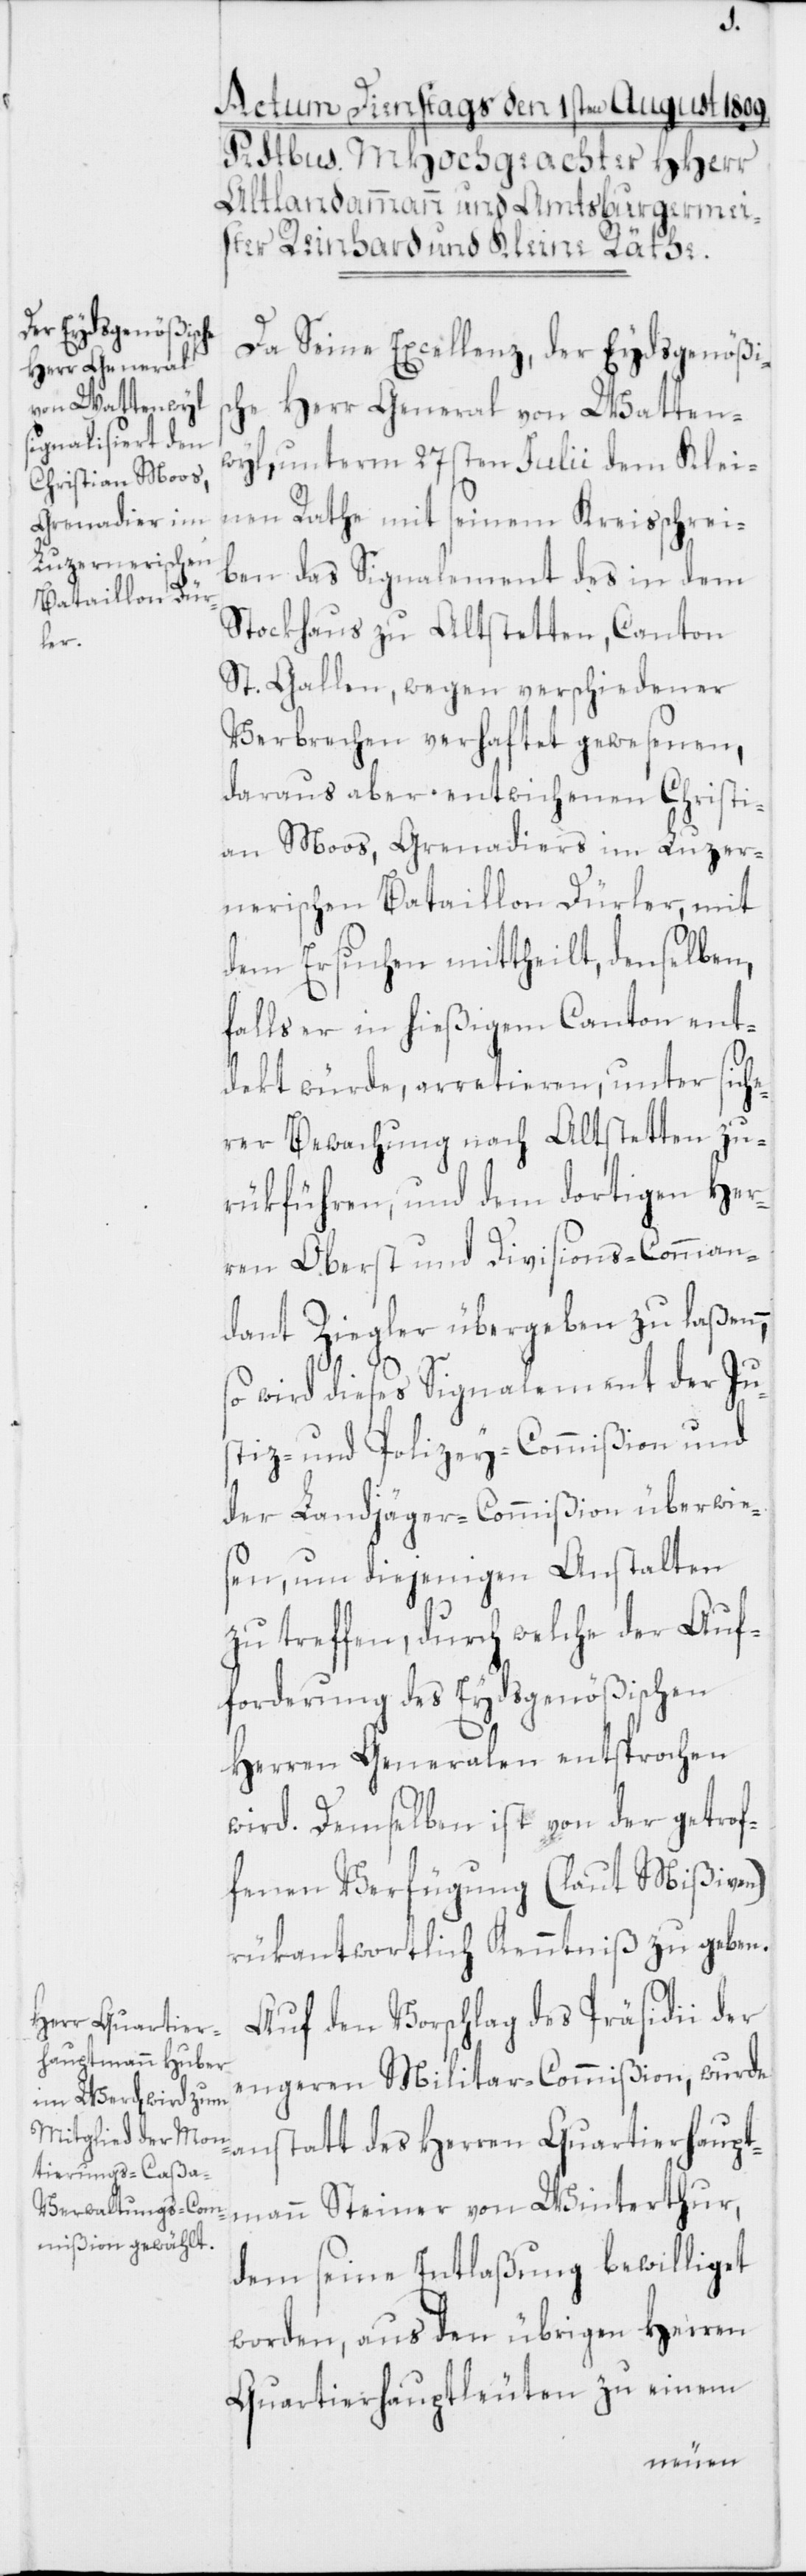
Da Seine Excellenz, der Eydsgenößis¬
che Herr General von Watten¬
wyl, unterm 27sten Julii dem Klei¬
nen Rathe mit seinem Kreisschrei¬
ben das Signalement des in dem
Stockhaus zu Altstetten, Canton
St. Gallen, wegen verschiedener
Verbrechen verhaftet gewesenen,
daraus aber entwichenen Christi¬
an Moos, Grenadiers im Luzer¬
nerischen Bataillon Dürler, mit
dem Ersuchen mittheilt, denselben,
falls er in hießigem Canton ent¬
dekt würde, arretieren, unter sich¬
erer Bewachung nach Altstetten zu¬
rükführen, und dem dortigen Her¬
ren Oberst und Divisions-Comman¬
dant Ziegler übergeben zu laßen,
so wird dieses Signalement der Ju¬
stiz- und Polizey-Commißion und
der Landjäger-Commißion überwies¬
en, um diejenigen Anstalten
zu treffen, durch welche der Auf¬
forderung des Eydsgenößischen
Herren Generalen entsprochen
wird. Demselben ist von der getrof¬
fenen Verfügung (laut Mißiven)
rükantwortlich Kenntniß zu geben.
Auf den Vorschlag des Präsidii der
engeren Militar-Commißion, wurde
anstatt des Herren Quartierhaupt¬
mann Steiner von Winterthur,
dem seine Entlaßung bewilliget
worden, aus den übrigen Herren
Quartierhauptleuten zu einem